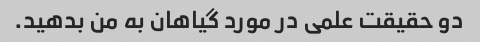
دو حقیقت علمی در مورد گیاهان به من بدهید.